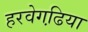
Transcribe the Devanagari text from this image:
हरवेगढि़या